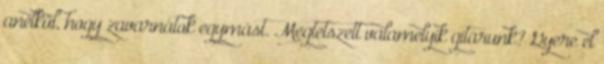
anélkül, hogy zavarnátok egymást. Megtetszett valamelyik gitárunk? Gyere el